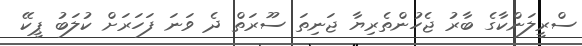
ސްރީލަންކާގެ ބާރު ޖެހުންތެރިޔާ ޖަނިތަ ސޫރަތް ދެ ވަނަ ފަހަރަށް ކުލަބު ޕީކޭ